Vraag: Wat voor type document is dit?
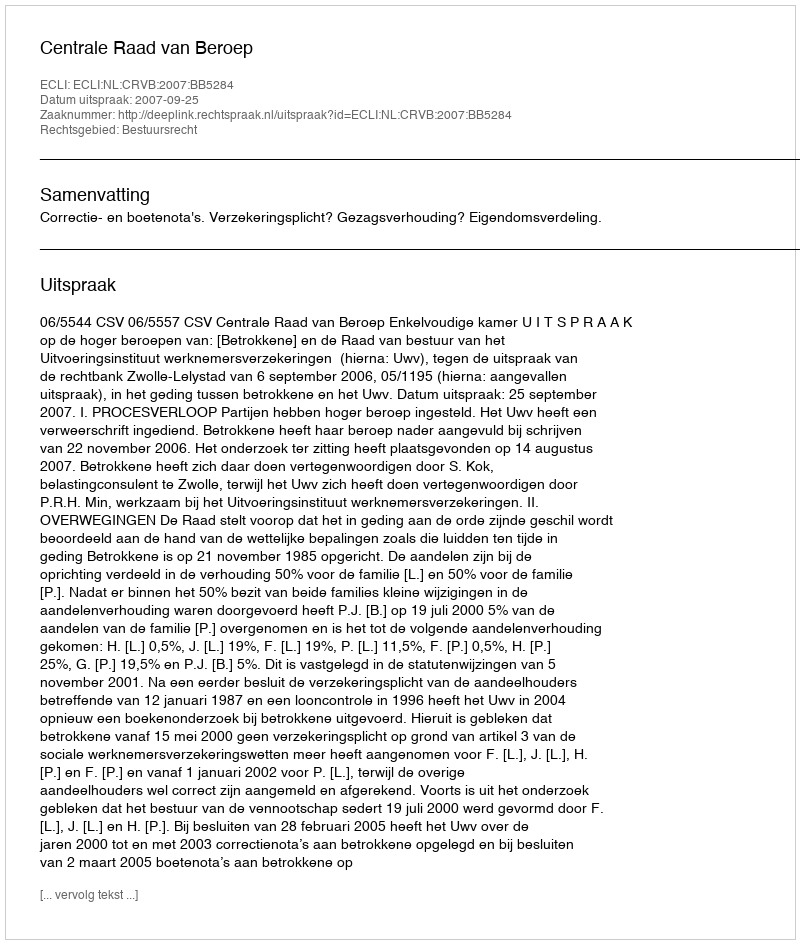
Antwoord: Uitspraak